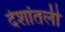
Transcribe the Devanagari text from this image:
देशांतली